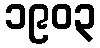
၁၉၀၃